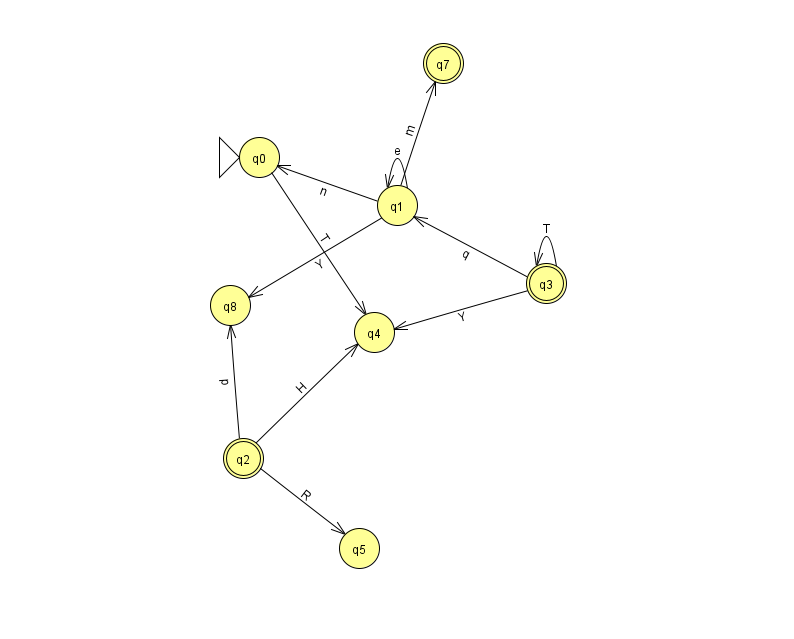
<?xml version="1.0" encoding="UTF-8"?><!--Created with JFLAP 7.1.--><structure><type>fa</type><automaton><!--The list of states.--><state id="0" name="q0"><x>259.0</x><y>144.0</y><initial/></state><state id="1" name="q1"><x>397.0</x><y>192.0</y></state><state id="2" name="q2"><x>243.0</x><y>445.0</y><final/></state><state id="3" name="q3"><x>546.0</x><y>270.0</y><final/></state><state id="4" name="q4"><x>374.0</x><y>319.0</y></state><state id="5" name="q5"><x>359.0</x><y>535.0</y></state><state id="7" name="q7"><x>443.0</x><y>50.0</y><final/></state><state id="8" name="q8"><x>230.0</x><y>292.0</y></state><!--The list of transitions.--><transition><from>0</from><to>4</to><read>T</read></transition><transition><from>1</from><to>8</to><read>Y</read></transition><transition><from>1</from><to>7</to><read>m</read></transition><transition><from>3</from><to>1</to><read>q</read></transition><transition><from>3</from><to>3</to><read>T</read></transition><transition><from>1</from><to>1</to><read>e</read></transition><transition><from>2</from><to>8</to><read>p</read></transition><transition><from>2</from><to>4</to><read>H</read></transition><transition><from>2</from><to>5</to><read>R</read></transition><transition><from>3</from><to>4</to><read>Y</read></transition><transition><from>1</from><to>0</to><read>n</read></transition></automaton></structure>